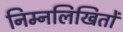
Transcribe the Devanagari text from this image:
निम्नलिखितों